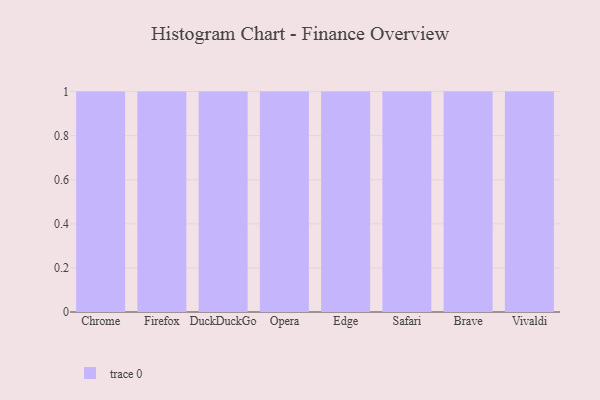
{"axis": {"x": "Browser", "y": "Churn Rate (%)"}, "legend": [""], "data": [{"x": "Chrome", "y": 90, "type": ""}, {"x": "Firefox", "y": 27, "type": ""}, {"x": "DuckDuckGo", "y": 4, "type": ""}, {"x": "Opera", "y": 41, "type": ""}, {"x": "Edge", "y": 9, "type": ""}, {"x": "Safari", "y": 93, "type": ""}, {"x": "Brave", "y": 88, "type": ""}, {"x": "Vivaldi", "y": 5, "type": ""}]}